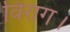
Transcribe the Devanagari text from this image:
विराग।